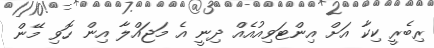
ރިބެރީ ކިކާ އަށް އިންޓަވިއުއެއް ދިނީ އެ މަޖައްލާ އިން ހޮވި މޭން